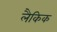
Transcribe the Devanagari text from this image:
लैकिक